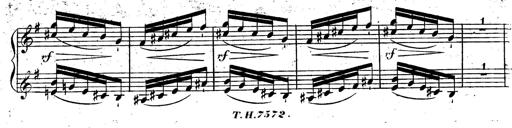
Title: Rondeau fantastique sur un thÃ¨me espagnol
Composer: Franz Liszt